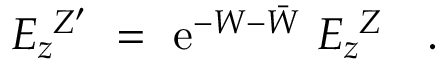
E _ { z } ^ { \ Z ^ { \prime } } \ = \ \mathrm { e } ^ { - W - \bar { W } } \ E _ { z } ^ { \ Z } \ \ \ .